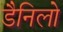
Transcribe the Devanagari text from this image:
डैनिलो